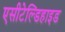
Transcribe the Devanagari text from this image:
एसीटेल्डिहाइड